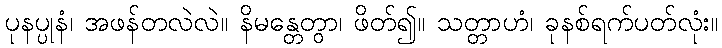
ပုနပ္ပုနံ၊ အဖန်တလဲလဲ။ နိမန္တေတွာ၊ ဖိတ်၍။ သတ္တာဟံ၊ ခုနစ်ရက်ပတ်လုံး။